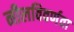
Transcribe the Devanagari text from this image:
नीलविवर्णता